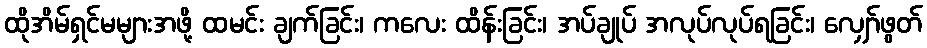
ထိုအိမ်ရှင်မများအဖို့ ထမင်း ချက်ခြင်း၊ ကလေး ထိန်းခြင်း၊ အပ်ချုပ် အလုပ်လုပ်ရခြင်း၊ လျှော်ဖွတ်